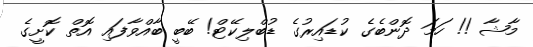
މާޝާ !! ހަމަ ދޮންބެގެ ކުޑައިރުގެ ޑުބްލިކޭޓް! ބޭބީ ބާއްވާފައި އޮތް ކޮށީގެ